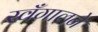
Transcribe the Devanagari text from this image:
खँगालने